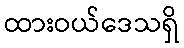
ထားဝယ်ဒေသရှိ